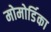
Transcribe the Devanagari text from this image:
मोमोर्डिका